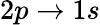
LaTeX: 2p\rightarrow 1s